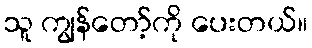
သူ ကျွန်တော့်ကို ပေးတယ်။